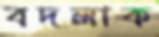
বদলাক